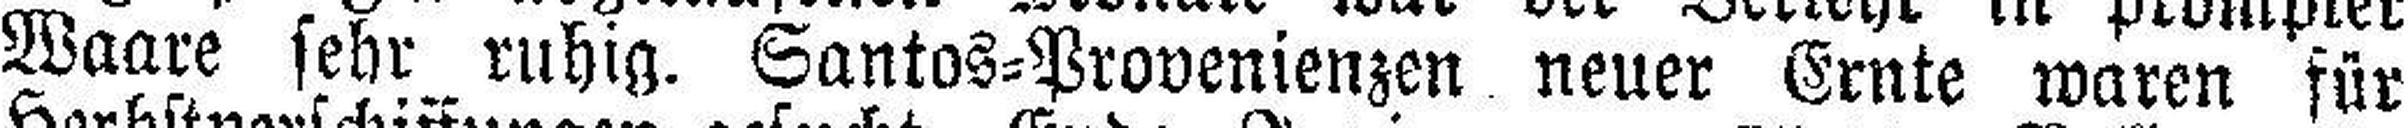
Waare sehr ruhig. Santos=Provenienzen neuer Ernte waren für